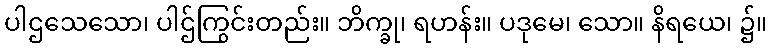
ပါဌသေသော၊ ပါဌ်ကြွင်းတည်း။ ဘိက္ခု၊ ရဟန်း။ ပဒုမေ၊ သော။ နိရယေ၊ ၌။